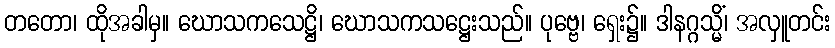
တတော၊ ထိုအခါမှ။ ဃောသကသေဋ္ဌိ၊ ဃောသကသဋ္ဌေးသည်။ ပုဗ္ဗေ၊ ရှေး၌။ ဒါနဂ္ဂသ္မိံ၊ အလှူတင်း